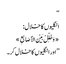
‘‘
انگلیوں کا خلال:
«وَخَلِّلْ بَیْنَ الأَصَابِعِ»
’’اور انگلیوں کا خلال کر۔